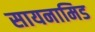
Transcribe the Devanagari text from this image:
सायनामिड